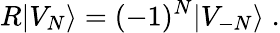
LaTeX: R\vert V_{N}\rangle=(-1)^{N}\vert V_{-N}\rangle\; .